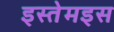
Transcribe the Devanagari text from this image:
इस्तेमइस